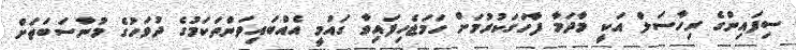
ސިފައިންގެ ރިހާސަލް އަކީ މާދަމާ ފާހަގަކުރުމަށް ހަމަޖެހިފައިވާ ގައުމީ އެއްބައިވަންތަކަމުގެ ދުވަހުގެ މުނާސަބަތަށް